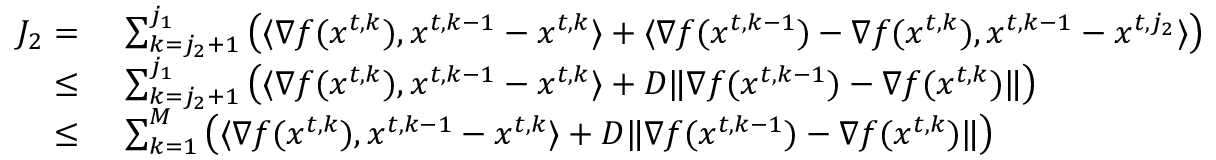
\begin{array} { r l } { J _ { 2 } = \ } & { \sum _ { k = j _ { 2 } + 1 } ^ { j _ { 1 } } \left( \langle \nabla f ( { x } ^ { t , k } ) , { x } ^ { t , k - 1 } - { x } ^ { t , k } \rangle + \langle \nabla f ( { x } ^ { t , k - 1 } ) - \nabla f ( { x } ^ { t , k } ) , { x } ^ { t , k - 1 } - { x } ^ { t , j _ { 2 } } \rangle \right) } \\ { \le \ } & { \sum _ { k = j _ { 2 } + 1 } ^ { j _ { 1 } } \left( \langle \nabla f ( { x } ^ { t , k } ) , { x } ^ { t , k - 1 } - { x } ^ { t , k } \rangle + D \| \nabla f ( { x } ^ { t , k - 1 } ) - \nabla f ( { x } ^ { t , k } ) \| \right) } \\ { \le \ } & { \sum _ { k = 1 } ^ { M } \left( \langle \nabla f ( { x } ^ { t , k } ) , { x } ^ { t , k - 1 } - { x } ^ { t , k } \rangle + D \| \nabla f ( { x } ^ { t , k - 1 } ) - \nabla f ( { x } ^ { t , k } ) \| \right) } \end{array}